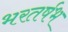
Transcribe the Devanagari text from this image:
भरतर्षभ